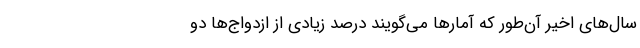
سال‌های اخیر آن‌طور که آمارها می‌گویند درصد زیادی از ازدواج‌ها دو